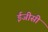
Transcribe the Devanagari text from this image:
ईजीसी